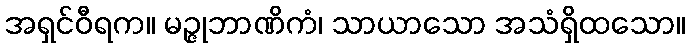
အရှင်ဝီရက။ မဉ္ဇုဘာဏိကံ၊ သာယာသော အသံရှိထသော။